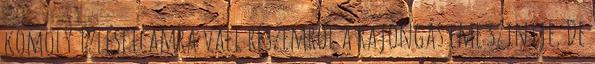
komoly ízlésficamra vall részemről a rajongás eme szintje. De